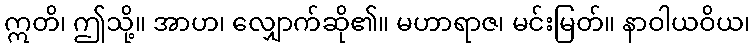
ဣတိ၊ ဤသို့။ အာဟ၊ လျှောက်ဆို၏။ မဟာရာဇ၊ မင်းမြတ်။ နာဝါယဝိယ၊